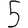
Digit: 5